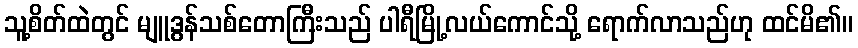
သူ့စိတ်ထဲတွင် မျူဒွန်သစ်တောကြီးသည် ပါရီမြို့လယ်ကောင်သို့ ရောက်လာသည်ဟု ထင်မိ၏။